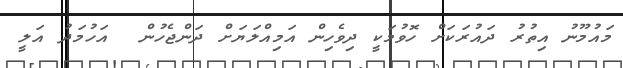
މައުމޫނު އިތުރު ދައުރަކަށް ހޮވުމަކީ ދިވެހިން އަމިއްލަޔަށް ދަންޖެހުން  އަހުމަދު އަލީ